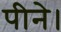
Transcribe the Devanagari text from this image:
पीने।